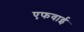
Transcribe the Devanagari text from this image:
एफवाई